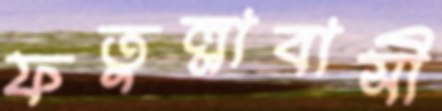
ফতুল্লাবাসী